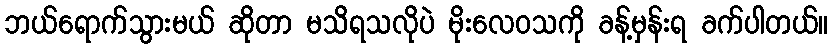
ဘယ်ရောက်သွားမယ် ဆိုတာ မသိရသလိုပဲ မိုးလေဝသကို ခန့်မှန်းရ ခက်ပါတယ်။